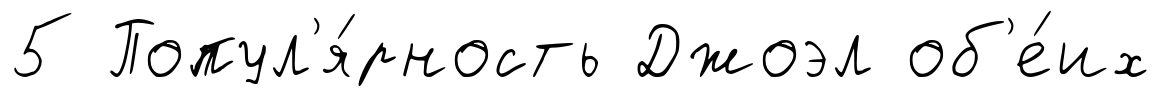
5 Попул'я́рность Джоэл об'е́их